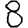
Digit: 8